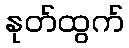
နုတ်ထွက်